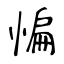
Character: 惼